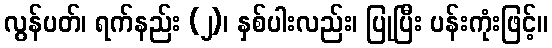
လွန်ပတ်၊ ရက်နည်း (၂)၊ နှစ်ပါးလည်း၊ ပြုပြီး ပန်းကုံးဖြင့်။